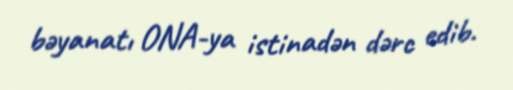
bəyanatı ONA-ya istinadən dərc edib.